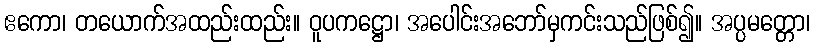
ဧကော၊ တယောက်အထည်းထည်း။ ဝူပကဋ္ဌော၊ အပေါင်းအဘော်မှကင်းသည်ဖြစ်၍။ အပ္ပမတ္တော၊